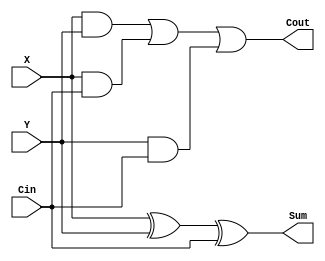
module FullAdder(
    input X, Y, Cin,

    output Cout, Sum
);
    assign Sum = X ^ Y ^ Cin;
    assign Cout = (X && Y) || (X && Cin) || (Y && Cin);
endmodule